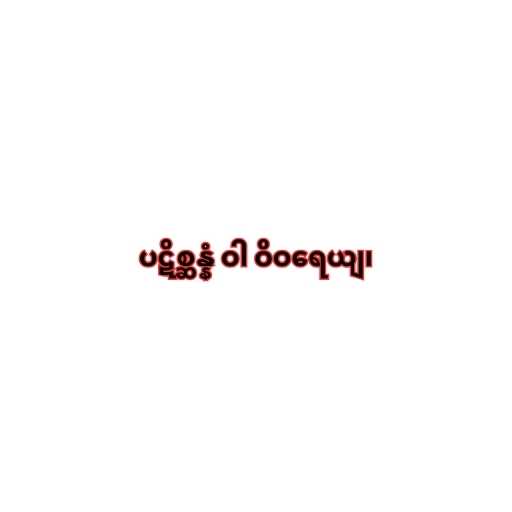
ပဋိစ္ဆန္နံ ဝါ ဝိဝရေယျ၊